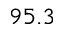
9 5 . 3